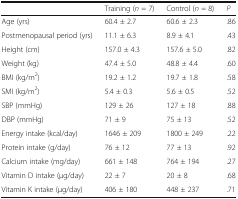
|  | Training (n = 7) | Control (n = 8) | P |
 | --- | --- | --- | --- |
 | Age (yrs) | 60.4 ± 2.7 | 60.6 ± 2.3 | .86 |
 | Postmenopausal period (yrs) | 11.1 ± 6.3 | 8.9 ± 4.1 | .43 |
 | Height (cm) | 157.0 ± 4.3 | 157.6 ± 5.0 | .82 |
 | Weight (kg) | 47.4 ± 5.0 | 48.8 ± 4.4 | .60 |
 | BMI (kg/m2) | 19.2 ± 1.2 | 19.7 ± 1.8 | .58 |
 | SMI (kg/m2) | 5.4 ± 0.3 | 5.6 ± 0.5 | .52 |
 | SBP (mmHg) | 129 ± 26 | 127 ± 18 | .88 |
 | DBP (mmHg) | 71 ± 9 | 75 ± 13 | .52 |
 | Energy intake (kcal/day) | 1646 ± 209 | 1800 ± 249 | .22 |
 | Protein intake (g/day) | 76 ± 12 | 77 ± 13 | .92 |
 | Calcium intake (mg/day) | 661 ± 148 | 764 ± 194 | .27 |
 | Vitamin D intake (μg/day) | 22 ± 7 | 20 ± 8 | .68 |
 | Vitamin K intake (μg/day) | 406 ± 180 | 448 ± 237 | .71 |